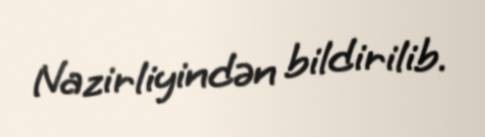
Nazirliyindən bildirilib.